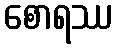
စောရဿ